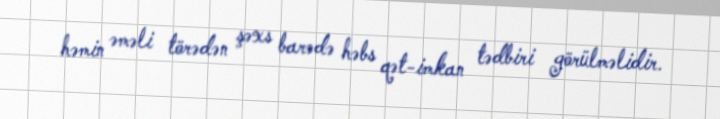
həmin əməli törədən şəxs barədə həbs qət-imkan tədbiri görülməlidir.